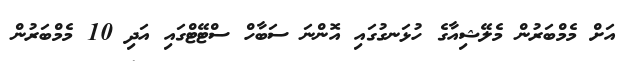
އަށް މެމްބަރުން މެލޭޝިއާގެ ހުޅަނގުގައި އޮންނަ ސަބާހް ސްޓޭޓްގައި އަދި 10 މެމްބަރުން